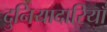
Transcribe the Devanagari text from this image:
दुनियादारियाँ